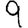
Digit: 9